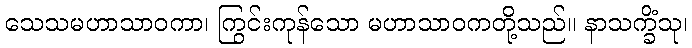
သေသမဟာသာဝကာ၊ ကြွင်းကုန်သော မဟာသာဝကတို့သည်။ နာသက္ခိံသု၊